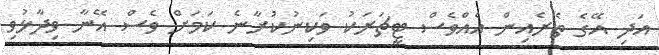
އަދި އޭގެ ތެރެއިން އެއްވެސް ޓީޗަރަކު ވަކިނުކުރާނެ ކަމަށް ވެސް އޭނާ ވިދާޅުވި